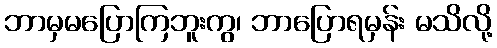
ဘာမှမပြောကြဘူးကွ၊ ဘာပြောရမှန်း မသိလို့